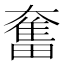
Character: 奮